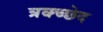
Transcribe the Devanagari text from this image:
त्रक्च्छेद